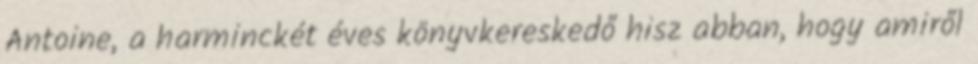
Antoine, a harminckét éves könyvkereskedő hisz abban, hogy amiről